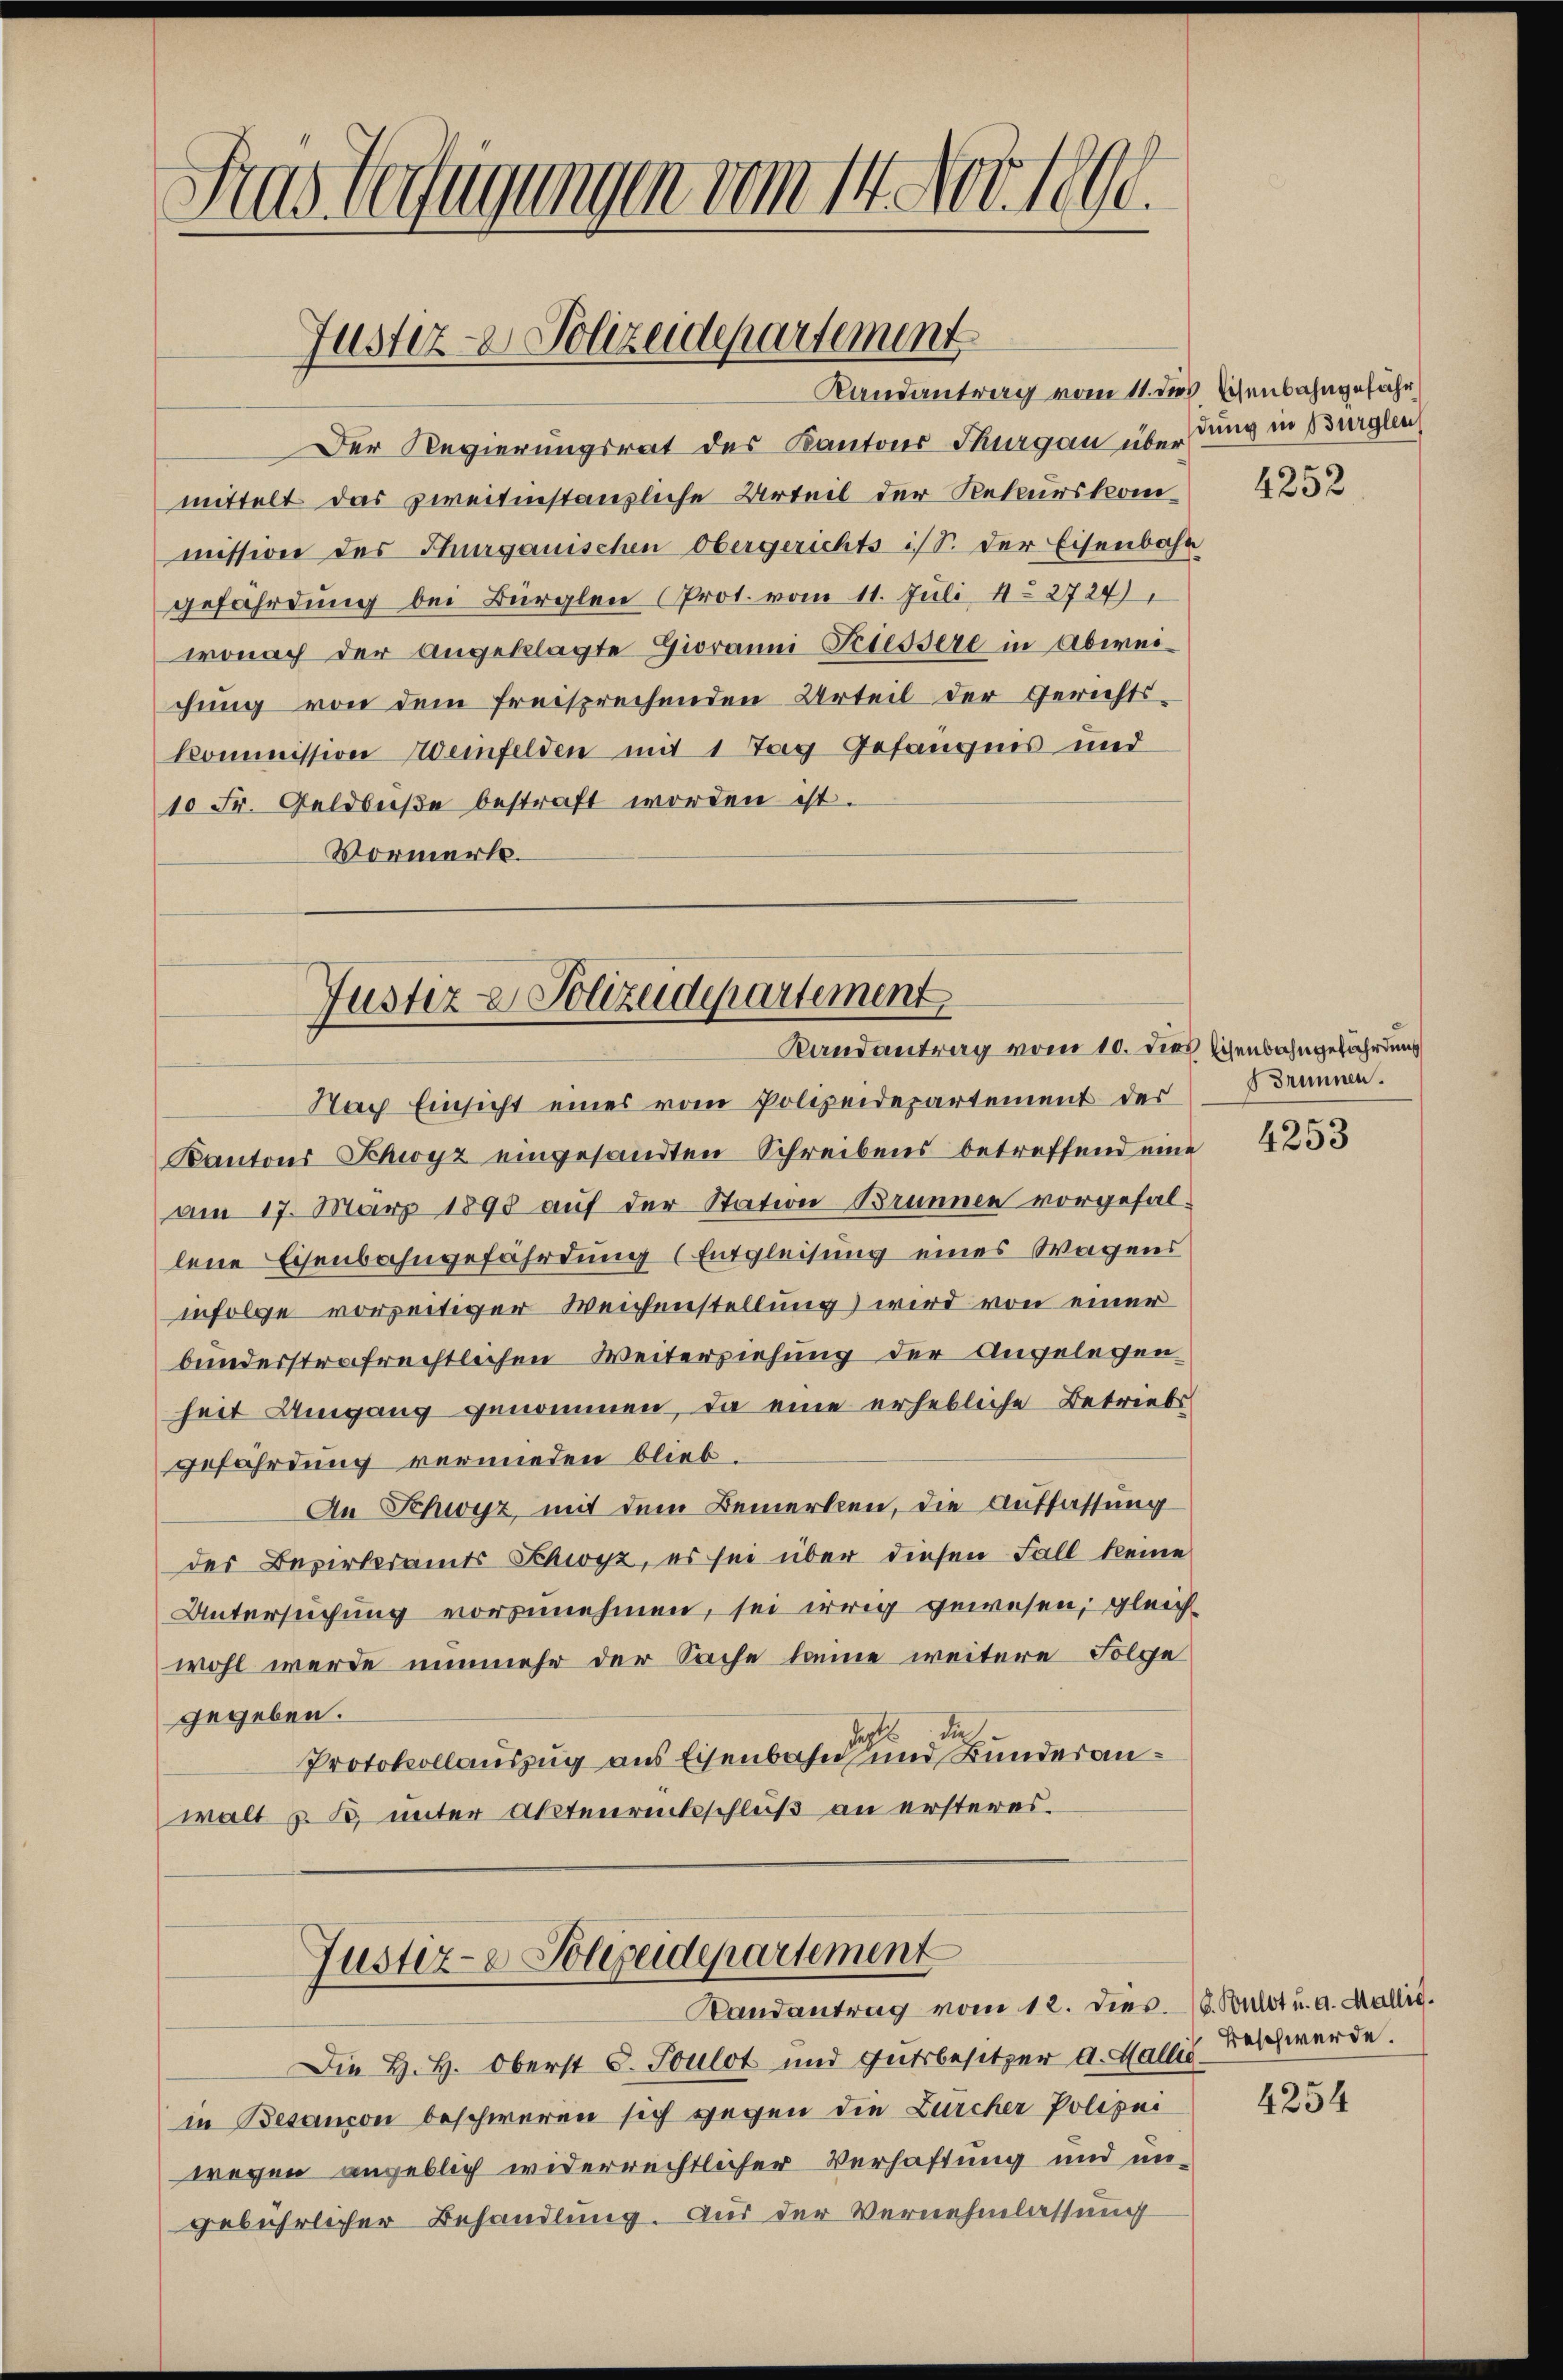
Fras Verfügungen vom 14. Nov. 1890.

Justiz- & Polizeidepartement

Randantrag vom 11. dies Eisenbahngefähr
Der Regierungsrat des Kantons Thurgau übertung in Burglei
mittelt das zweitinstanzliche Urteil der Rekurskommission des Thurgauischen Obergerichts ist. der Eisenbahn
gefährdung bei Bürglen (Prot. vom 11. Juli 12724
wonach der angeklagte Giovanni Triessere in Abweichung von dem freisprechenden Urteil der Gerichtskommission einfelden mit 1 Tag Gefängnis und
10 Fr. Geldbuße bestraft worden ist.
Vormerk.

Justiz & Polizeidepartement
Randantrag vom 10. dies Eisenbahngefährdung

bundesstrafrechtlichen Weiterziehung der Angelegen
heit Umgang genommen, da eine erhebliche Betriebs
gefährdung vermieden blieb.
An Schwyz, mit dem Bemerken, die Auffassung
der Bezirksamts Schwyz, es sei über diesen Fall keine
Untersuchung vorzunehmen, sei irrig gewesen, gleich-
wohl werde nunmehr der Sache keine weitere Folge
gegeben.
Jaht dich
Protokollauszug aus Eisenbahn und Bundesanwalt & B unter Aktenrentschluß an ersteres.
Justiz- & Polizeidepartement
Randantrag vom 12. dies. 18. Bulot u. a. Wallis.
Die H. H. Oberst d. Toulot und Gutsbesitzer a. Wallis Beschwerde.
in Besanon beschweren sich gegen die Zürcher Polizei
wegen angeblich widerrechtlicher Verhaftung und un-
gebührlicher Behandlung. Aus der Vernehmlassung

Nach Einsicht eines vom Polizeidepartement der Brunnen.
Kantons Schwyz eingesandten Schreibens betreffend eine
am 17. März 1890 auf der Station Brunnen vorgefallene Eisenbahngefährdung (Entgleisung eines Wagens
infolge vorzeitiger Weichenstellung) wird von einer

4252

4253

4254